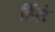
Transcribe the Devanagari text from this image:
हिंसे